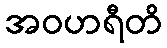
အဝဟရီတိ